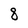
Character: 8